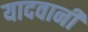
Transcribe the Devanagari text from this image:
यादवानी